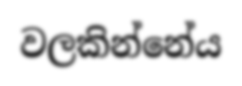
වලකින්නේය